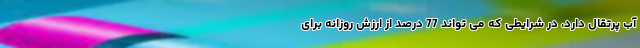
آب پرتقال دارد، در شرایطی که می تواند 77 درصد از ارزش روزانه برای